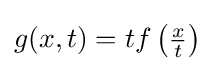
g(x,t)=tf\left({\tfrac {x}{t}}\right)